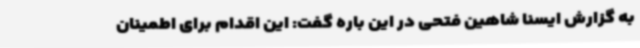
به گزارش ایسنا شاهین فتحی در این باره گفت: این اقدام برای اطمینان